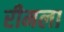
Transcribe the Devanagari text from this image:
रीमला